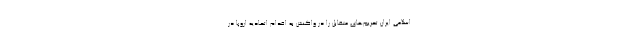
اسلامی ایران تحریم‌های متقابل را در واکنش به اقدام اتحادیه اروپا در